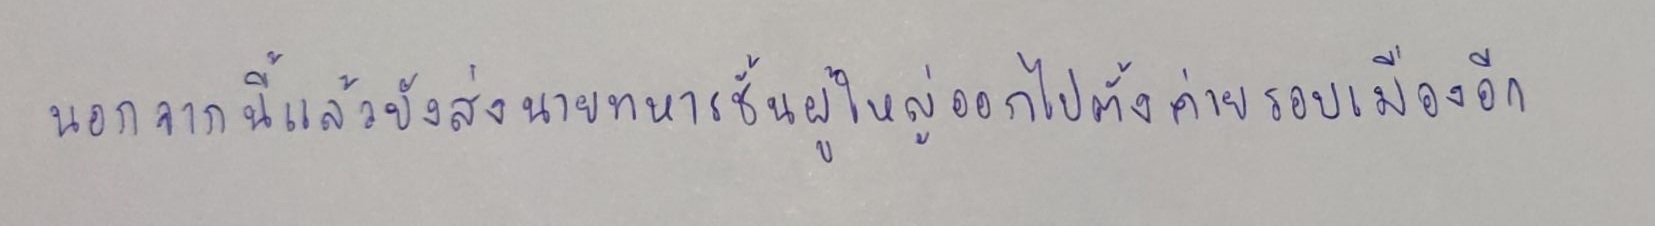
นอกจากนี้แล้วยังส่งนายทหารชั้นผู้ใหญ่ออกไปตั้งค่ายรอบเมืองอีก